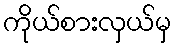
ကိုယ်စားလှယ်မှ